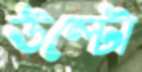
উল্টো